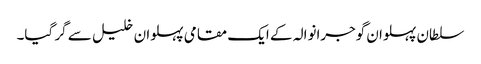
سلطان پہلوان گوجرانوالہ کے ایک مقامی پہلوان خلیل سے گر گیا۔